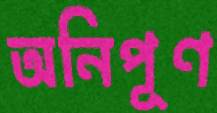
অনিপূণ